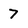
Character: 7